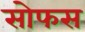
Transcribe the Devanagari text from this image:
सोफस